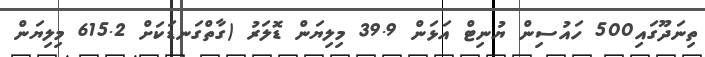
ތިނަދޫގައި500 ހައުސިން ޔުނިޓް އަޅަން 39.9 މިލިޔަން ޑޮލަރު (ގާތްގަނޑަކަށް 615.2 މިލިޔަން